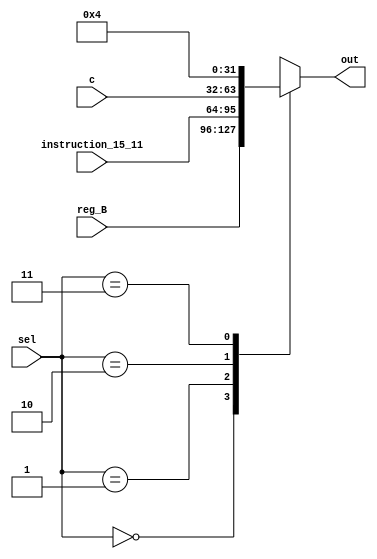
module mux_alusrb(input wire [31:0] reg_B,
                     input wire [31:0] instruction_15_11,
                     input wire [31:0] c,
                     input wire [1:0] sel,
                     output reg [31:0] out
                     );
  
  always@(*) begin
    case (sel)
      2'b00: out = reg_B; 
      2'b01: out = instruction_15_11; 
      2'b10: out = c;
      2'b11: out = 32'b100; //4
    endcase
  end
endmodule